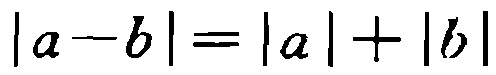
\(|a - b| = |a| + |b|\)